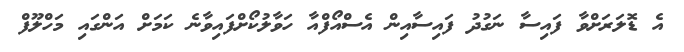
އެ ޑޮލަރަށްވާ ފައިސާ ނަގުދު ފައިސާއިން އެސްއޯފްއާ ހަވާލުކޯށްފައިވާނެ ކަމަށް އަންގައި މަހްލޫފް